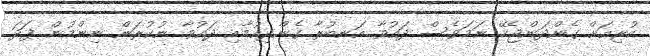
ކުރިއަށް ގެންދަންޖެހޭ ނަމަވެސް ދައުވާ އަނބުރާ ގެންދިއުމާއި ދައުވާ ނުކުރަން ނިންމުން ފަދަ